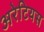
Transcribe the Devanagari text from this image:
अरेटियस